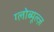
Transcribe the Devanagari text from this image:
ग्लोब्यूल्ज़